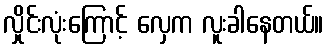
လှိုင်းလုံးကြောင့် လှေက လူးခါနေတယ်။